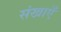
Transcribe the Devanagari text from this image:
संखाएँ